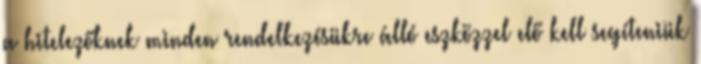
a hitelezőknek minden rendelkezésükre álló eszközzel elő kell segíteniük